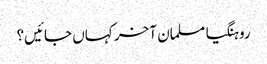
روہنگیا مسلمان آخر کہاں جائیں؟